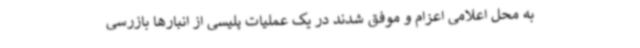
به محل اعلامی اعزام و موفق شدند در یک عملیات پلیسی از انبارها بازرسی